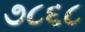
૭૮૬૮